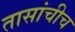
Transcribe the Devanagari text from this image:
तासांचीच